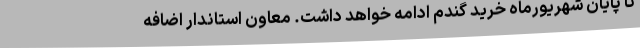
تا پایان شهریورماه خرید گندم ادامه خواهد داشت. معاون استاندار اضافه